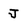
Character: J